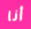
أنا